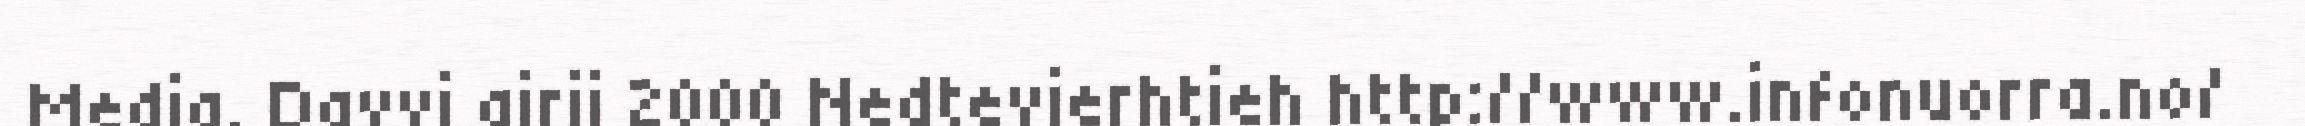
Media. Davvi girji 2000 Nedtevierhtieh http://www.infonuorra.no/